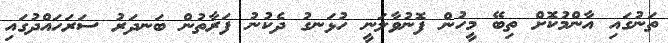
ތަނުގައި އާންމުކޮށް ތިބޭ މީހުން ފޮނުވާލަނީ ހުޅަނގު ދެކުނު ފަރާތުން ބަނދަރު ސަރަހައްދުގައި